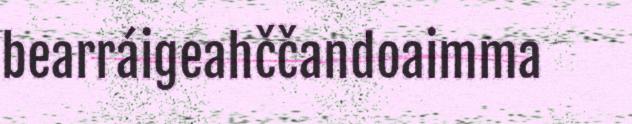
bearráigeahččandoaimma